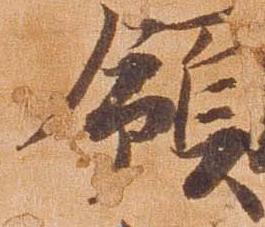
領